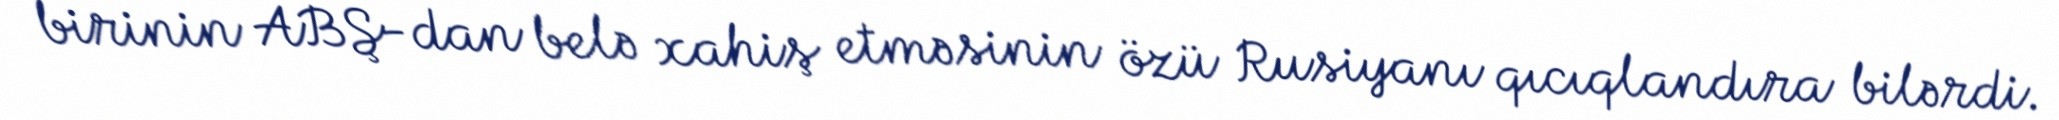
birinin ABŞ-dan belə xahiş etməsinin özü Rusiyanı qıcıqlandıra bilərdi.